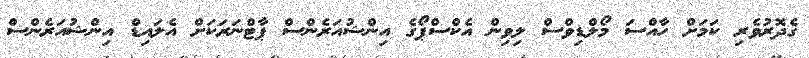
ގެދޮރުވެރި ކަމަށް ހާއްސަ މޯލްޑިވްސް ލިވިން އެކްސްޕޯގެ އިންޝުއަރެންސް ޕާޓްނަރަކަށް އެލައިޑް އިންޝުއަރެންސް